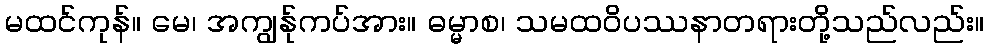
မထင်ကုန်။ မေ၊ အကျွန်ုကပ်အား။ ဓမ္မာစ၊ သမထဝိပဿနာတရားတို့သည်လည်း။